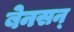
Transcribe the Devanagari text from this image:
बेनसन्